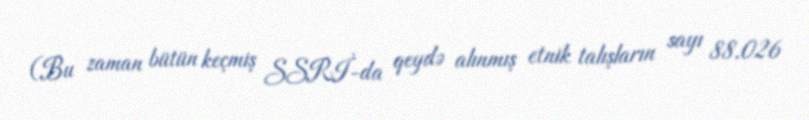
(Bu zaman bütün keçmiş SSRİ-da qeydə alınmış etnik talışların sayı 88.026